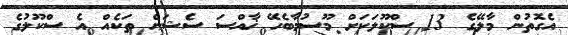
އެގޮތުން މާލޭގެ 13 ސްކޫލަކަށް މޫސުމާބެހޭ ޚާއްސަ ސެޝަން ތަކެއް އެ ސްކޫލުގެ